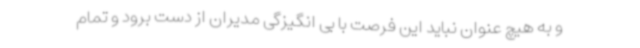
و به هیچ عنوان نباید این فرصت با بی انگیزگی مدیران از دست برود و تمام